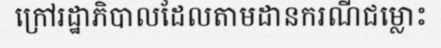
ក្រៅរដ្ឋាភិបាលដែលតាមដានករណីជម្លោះ